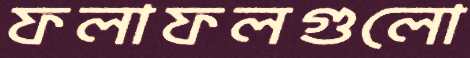
ফলাফলগুলো